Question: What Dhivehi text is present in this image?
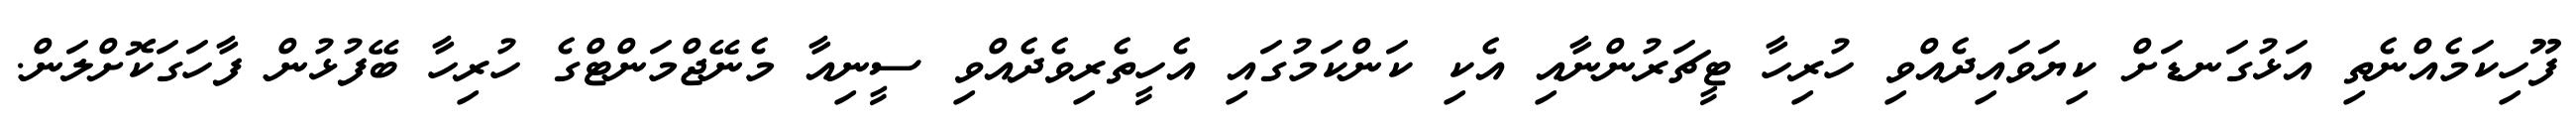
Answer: ފޫހިކަމެއްނެތި އަޅުގަނޑަށް ކިޔަވައިދެއްވި ހުރިހާ ޓީޗަރުންނާއި އެކި ކަންކަމުގައި އެހީތެރިވެދެއްވި ސީނިއާ މެނޭޖްމަންޓްގެ ހުރިހާ ބޭފުޅުން ފާހަގަކޮށްލަން.